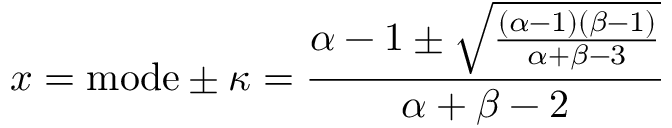
x = { \mathrm { m o d e } } \pm \kappa = { \frac { \alpha - 1 \pm { \sqrt { \frac { ( \alpha - 1 ) ( \beta - 1 ) } { \alpha + \beta - 3 } } } } { \alpha + \beta - 2 } }